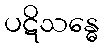
ပဋိသန္ဓေ